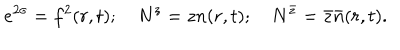
LaTeX: e ^ { 2 \sigma } = f ^ { 2 } ( r , t ) ; ~ N ^ { z } = z n ( r , t ) ; ~ N ^ { \bar { z } } = \bar { z } \bar { n } ( r , t ) .